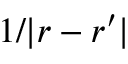
1 / | \boldsymbol { r } - \boldsymbol { r ^ { \prime } } |